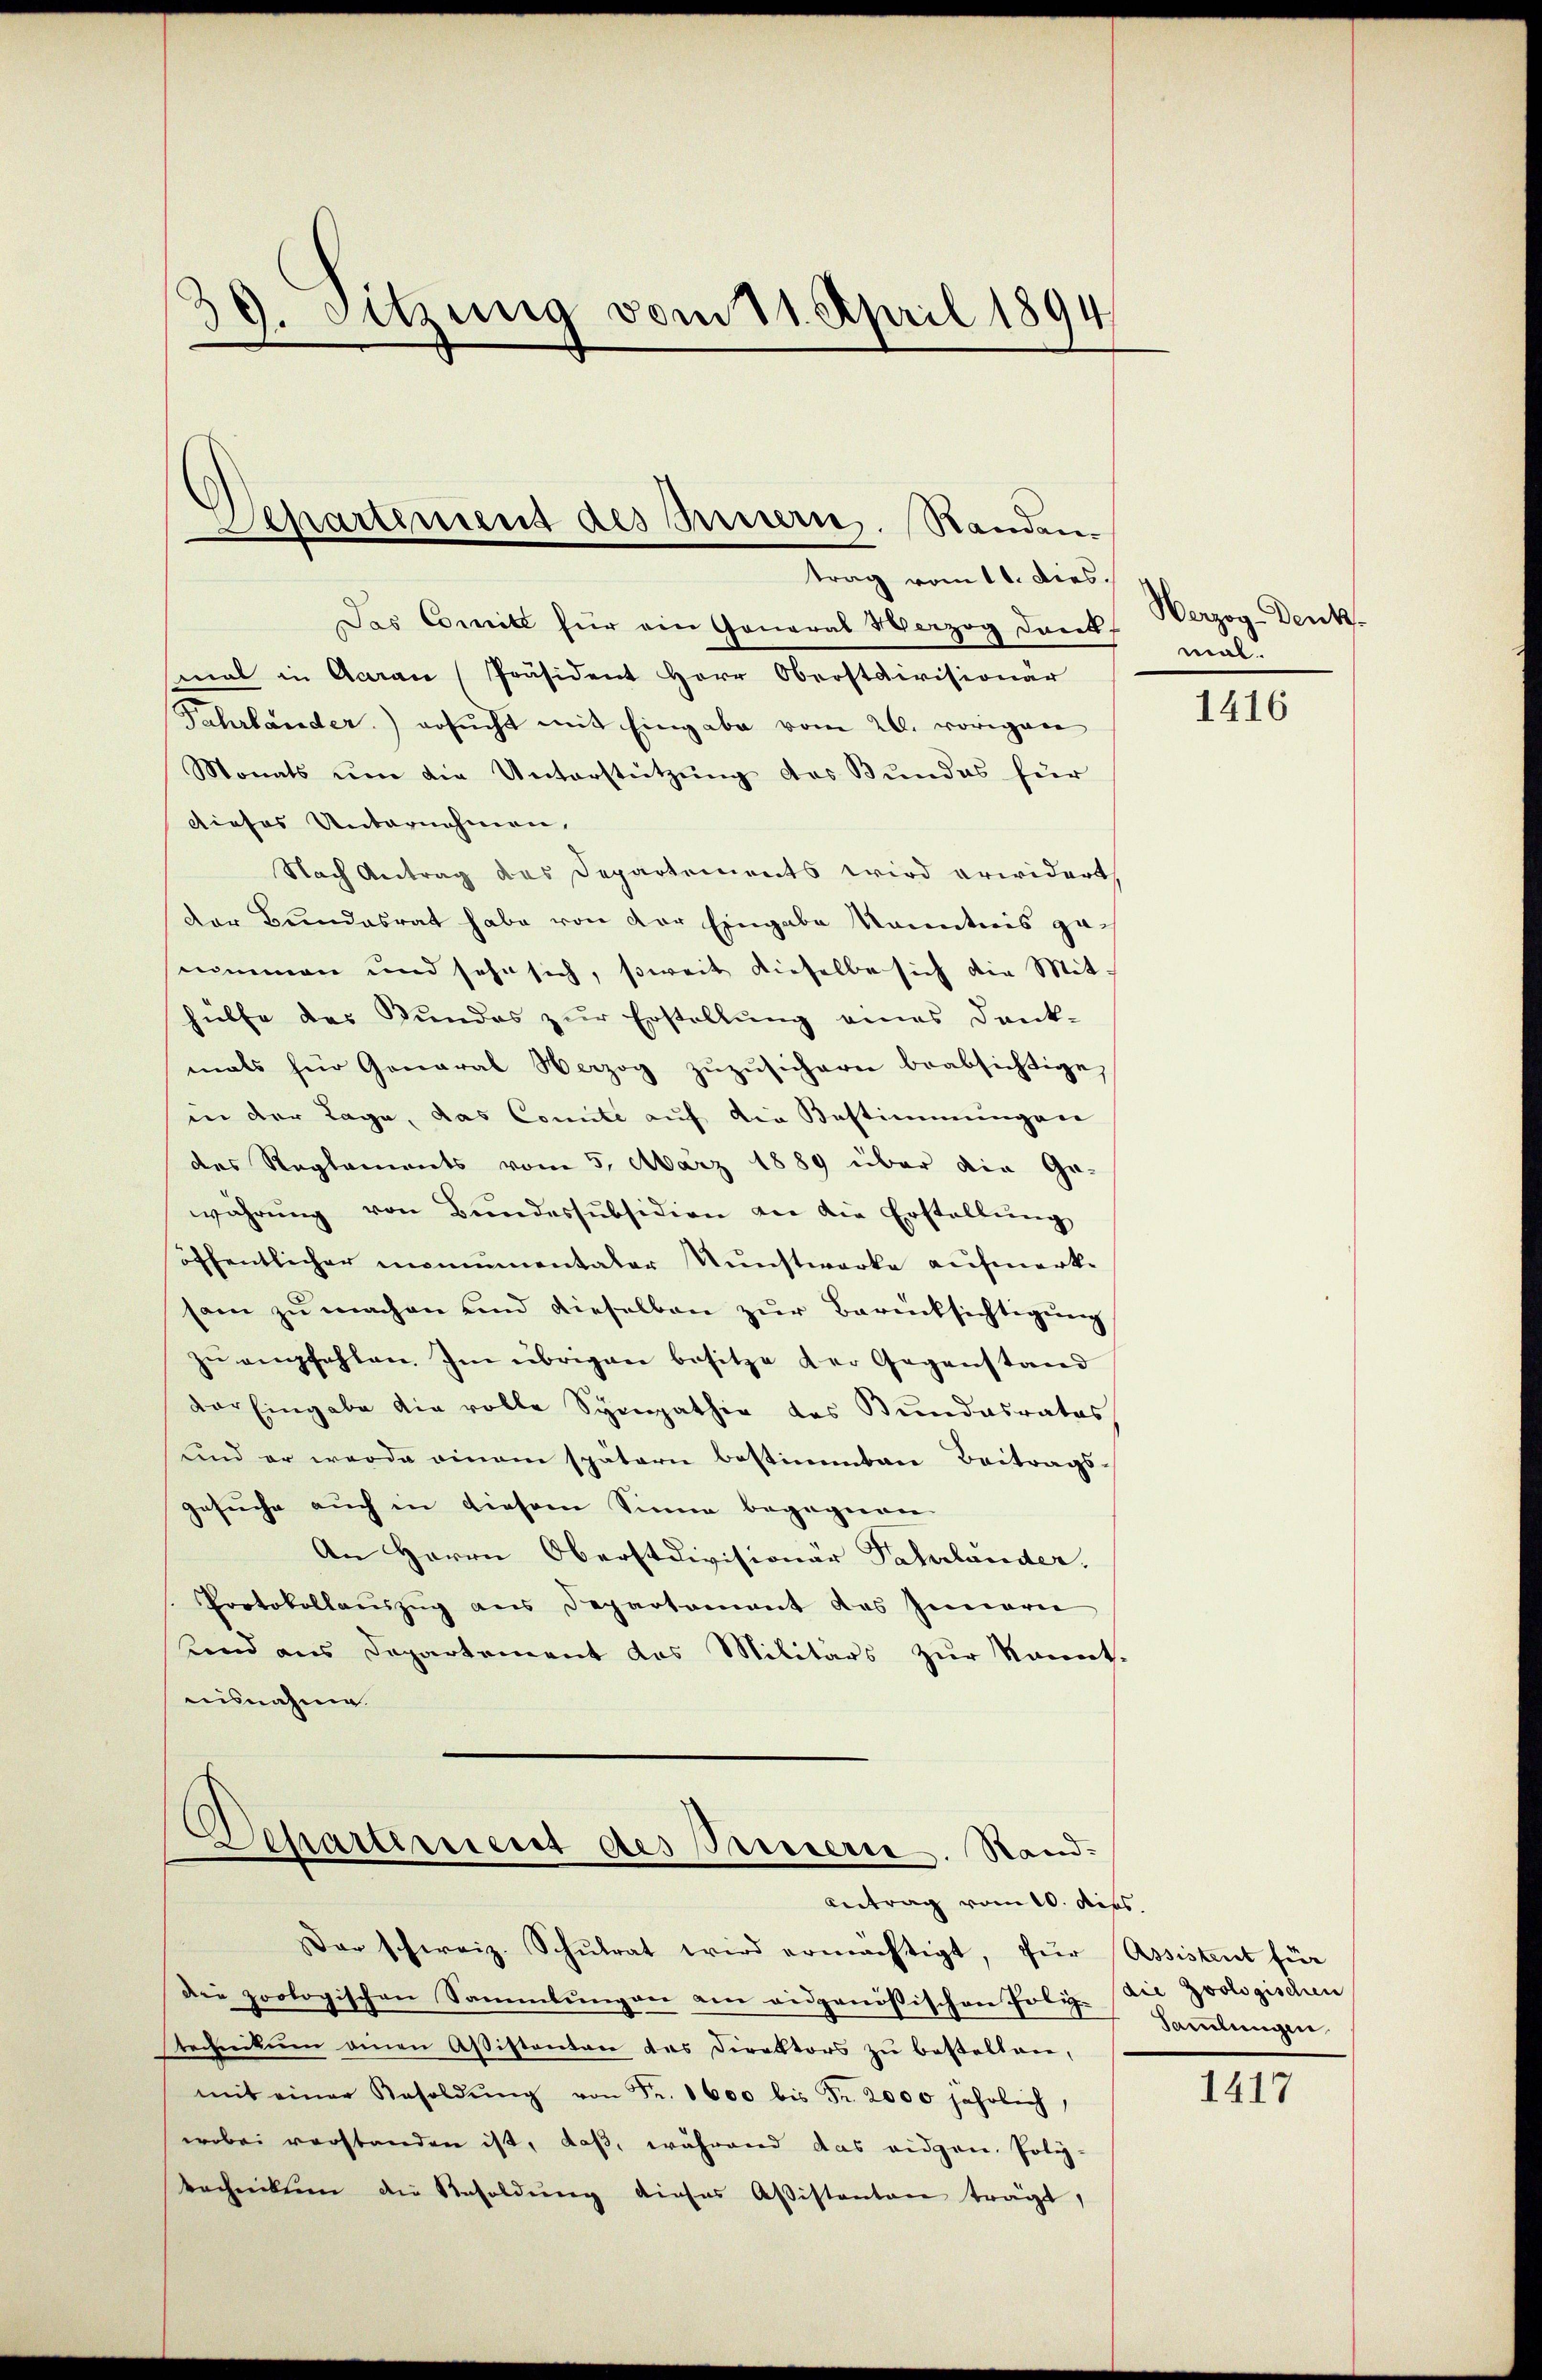
39. Sitzung vom 11. April 1894.

Separtement des Innern. Randen
trag vom 11. Dies.

Das Comite für ein General Verzog Dank
mal in Acaran (Präsident Herr Oberstdivisionär
Fahrländer) ersŭcht mit Eingabe vom 26. vorigen
Monats ŭm die Unterstützung des Bundes für
dieses Unternehmen,
Nach Antrag des Departements wird erwidert,
Der Bundesrat habe von der Eingabe kanntnis genommen und sehn sich, soweit dieselbe sich die Mit-
hülfe des Bundes zur Erstellung eines Dank-
mals für General Herzog zŭzŭsichern beabsichtige,
in der Lage, das Comite auf die Bestimmungen
des Reglements vom 5. März 1889 über die Ge-
währŭng von Bŭndessubsidion an die Erstellŭng
öffentlicher monumentaler Kunstwerke aufmerksam zu machen und dieselben zur Berücksichtigung
zŭ empfehlen. Im übrigen besitze der Gegenstand
der Eingabe die volle Sympathie des Bundesrates
und er werde einem spätern bestimmten Beitrags-
gesuche auch in diesem Sinne begegnen.
An Herrn Oberstdivisionär Fahrländer.
Protokollaŭszŭg ans Departamant des Inneren
hend aus Departement das Militärs zur kannt.
ausnahme

Departement des Sauern. Stand.
Antrag vom 10. dies

Der schweiz. Schŭlrat wird ermächtigt, für Assistent für
die zoologischen Sammlungen am eidgenössischen Poliz-Die Zoologischen
stechnikum einen Aßistenten des Direktors zŭ bestellen,
mit einer Resoldŭng von Fr. 1600 bis Fr. 2000 jährlich,
wobei verstanden ist, daß, während das eidgen. Poly-
technikum die Resoldŭng dieses Assistanton trägt,

Werzog-Denk.
mal.

1416

Sammlungen.

1417